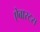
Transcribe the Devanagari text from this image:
ऐबारटस